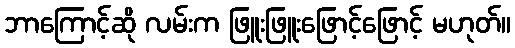
ဘာကြောင့်ဆို လမ်းက ဖြူးဖြူးဖြောင့်ဖြောင့် မဟုတ်။